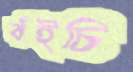
বঁইচি